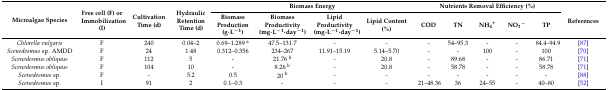
<table><thead><tr><td rowspan="2"><b>Microalgae Species</b></td><td rowspan="2"><b>Free cell (F) or Immobilization (I)</b></td><td rowspan="2"><b>Cultivation Time (d)</b></td><td rowspan="2"><b>Hydraulic Retention Time (d)</b></td><td colspan="4"><b>Biomass Energy</b></td><td colspan="5"><b>Nutrients Removal Efficiency (%)</b></td><td rowspan="2"><b>References</b></td></tr><tr><td><b>Biomass Production (g·L<sup>−1</sup>)</b></td><td><b>Biomass Productivity (mg·L<sup>−1</sup>·day<sup>−1</sup>)</b></td><td><b>Lipid Productivity (mg·L<sup>−1</sup>·day<sup>−1</sup>)</b></td><td><b>Lipid Content (%)</b></td><td><b>COD</b></td><td><b>TN</b></td><td><b>NH<sub>4</sub><sup>+</sup></b></td><td><b>NO<sub>3</sub><sup>−</sup></b></td><td><b>TP</b></td></tr></thead><tbody><tr><td><i>Chlorella vulgaris</i></td><td>F</td><td>240</td><td>0.04–2</td><td>0.69–1.289 <sup>a</sup></td><td>47.5–131.7</td><td>-</td><td>-</td><td>-</td><td>54–95.3</td><td>-</td><td>-</td><td>84.4–94.9</td><td>[87]</td></tr><tr><td><i>Scenedesmus</i> sp. AMDD</td><td>F</td><td>24</td><td>1.48</td><td>0.312–0.356</td><td>234–267</td><td>11.91–15.19</td><td>5.14–5.70</td><td>-</td><td>-</td><td>100</td><td>-</td><td>100</td><td>[70]</td></tr><tr><td><i>Scenedesmus obliquus</i></td><td>F</td><td>112</td><td>5</td><td>-</td><td>21.76 <sup>b</sup></td><td>-</td><td>20.8</td><td>-</td><td>89.68</td><td>-</td><td>-</td><td>86.71</td><td>[71]</td></tr><tr><td><i>Scenedesmus obliquus</i></td><td>F</td><td>104</td><td>10</td><td>-</td><td>8.26 <sup>b</sup></td><td>-</td><td>20.8</td><td>-</td><td>58.78</td><td>-</td><td>-</td><td>58.78</td><td>[71]</td></tr><tr><td><i>Scenedesmus</i> sp.</td><td>F</td><td>-</td><td>5.2</td><td>0.5</td><td>20 <sup>b</sup></td><td>-</td><td>-</td><td>-</td><td>-</td><td>-</td><td>-</td><td>-</td><td>[88]</td></tr><tr><td><i>Scenedesmus</i> sp.</td><td>I</td><td>91</td><td>2</td><td>0.1–0.3</td><td>-</td><td>-</td><td>-</td><td>21–48.36</td><td>36</td><td>24–55</td><td>-</td><td>40–80</td><td>[52]</td></tr></tbody></table>